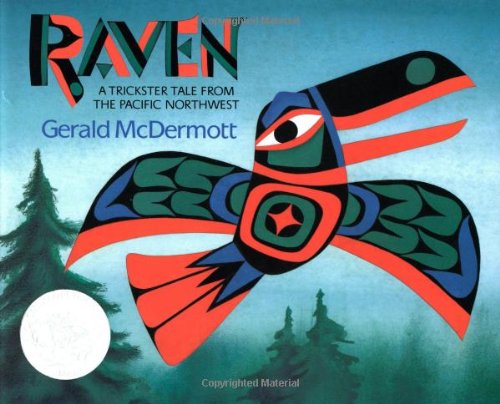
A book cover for Raven: A Trickster Tale from the Pacific Northwest; Gerald McDermott; Children's Books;